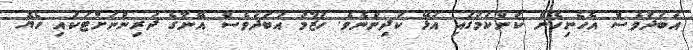
އަބަދުވެސް އެހެނިހެން ކަންކަމުގައި އުޅޭ ކުދިންނެވެ. ހުޒާމު އަބަދުވެސް އޭނާގެ ދަރިންނަށްޓަކައި ހެޔޮ